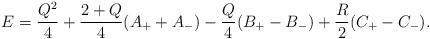
LaTeX: \begin{align*}E=\frac{Q^2}{4}+\frac{2+Q}{4}(A_{+}+A_{-})-\frac{Q}{4}(B_{+}-B_{-})+\frac{R}{2}(C_{+}-C_{-}).\end{align*}